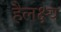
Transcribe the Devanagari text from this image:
हैलक्ष्य